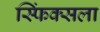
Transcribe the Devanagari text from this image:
स्फिंक्सला